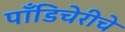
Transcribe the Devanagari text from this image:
पाँडिचेरीचे